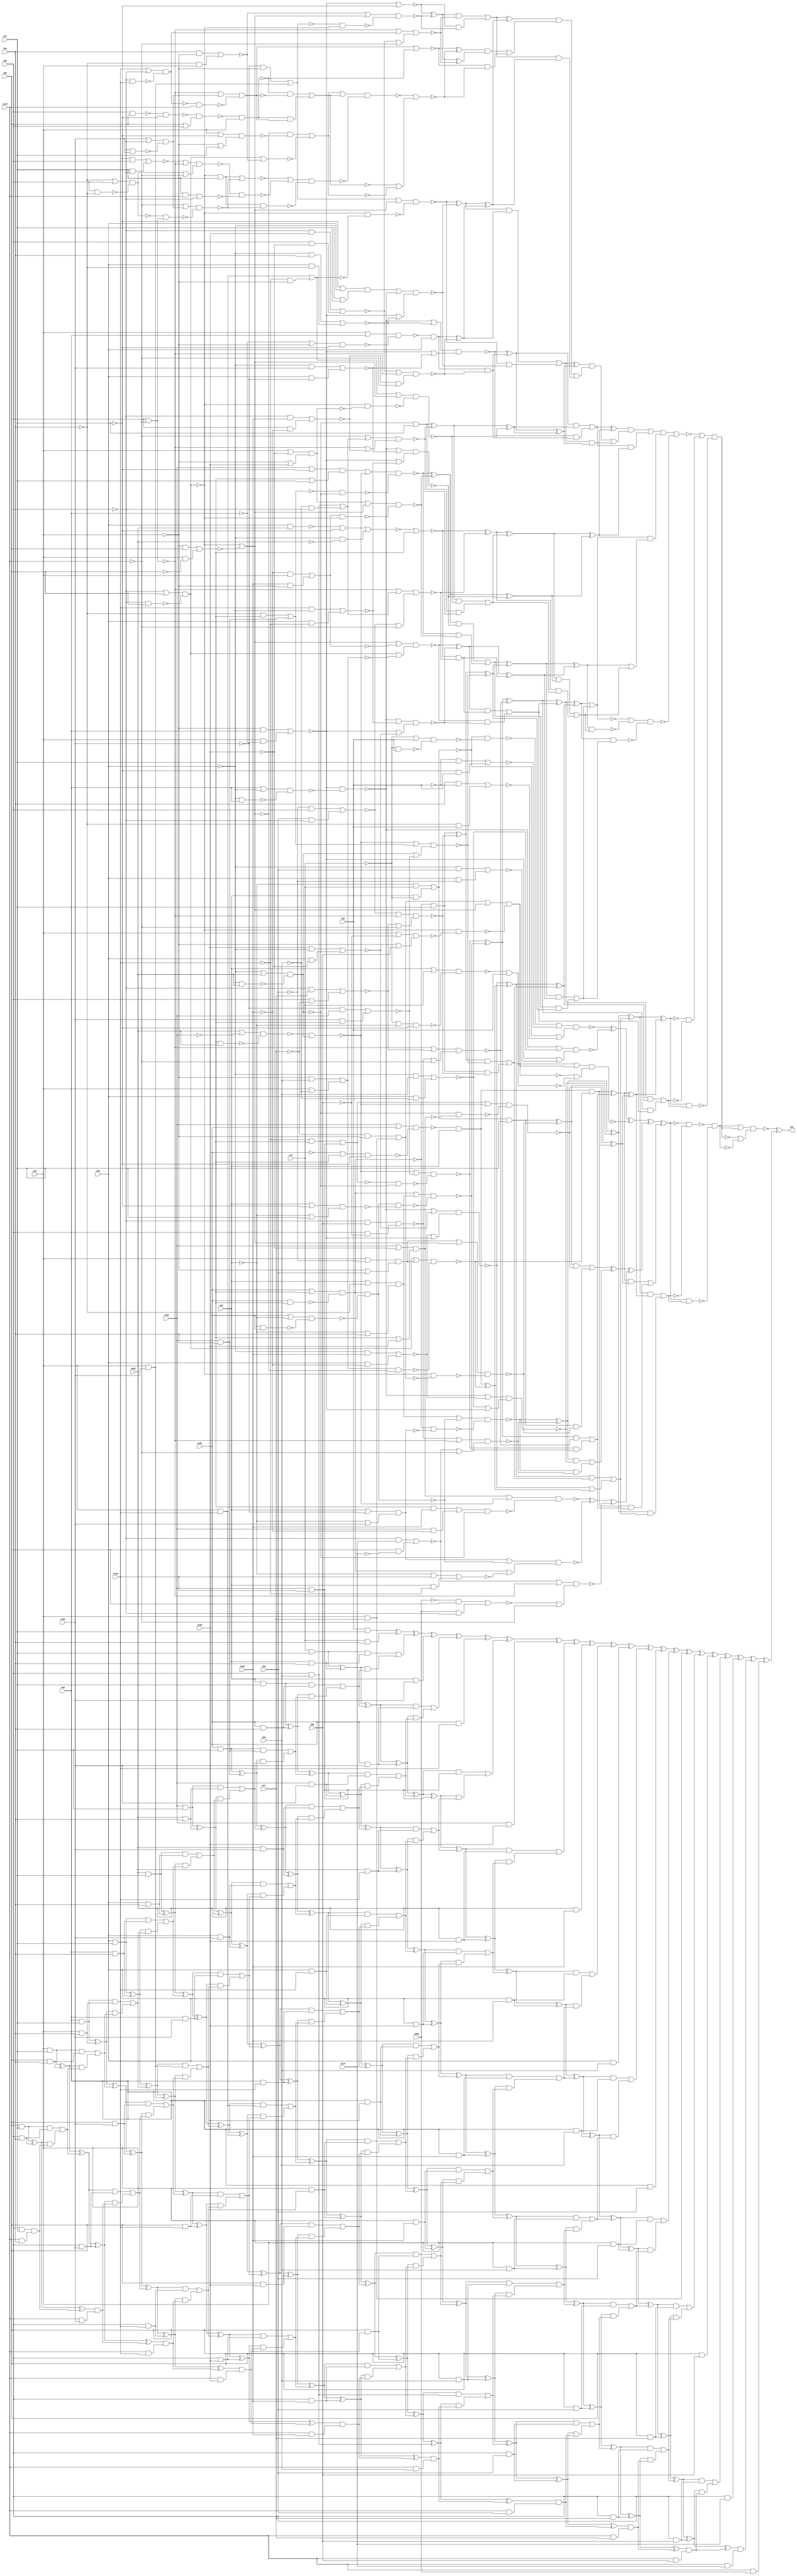
module top (out,n16,n17,n22,n27,n33,n42,n43,n49,n53
        ,n59,n77,n84,n85,n95,n118,n120,n125,n135,n152
        ,n161,n170,n174,n181,n209);
output out;
input n16;
input n17;
input n22;
input n27;
input n33;
input n42;
input n43;
input n49;
input n53;
input n59;
input n77;
input n84;
input n85;
input n95;
input n118;
input n120;
input n125;
input n135;
input n152;
input n161;
input n170;
input n174;
input n181;
input n209;
wire n0;
wire n1;
wire n2;
wire n3;
wire n4;
wire n5;
wire n6;
wire n7;
wire n8;
wire n9;
wire n10;
wire n11;
wire n12;
wire n13;
wire n14;
wire n15;
wire n18;
wire n19;
wire n20;
wire n21;
wire n23;
wire n24;
wire n25;
wire n26;
wire n28;
wire n29;
wire n30;
wire n31;
wire n32;
wire n34;
wire n35;
wire n36;
wire n37;
wire n38;
wire n39;
wire n40;
wire n41;
wire n44;
wire n45;
wire n46;
wire n47;
wire n48;
wire n50;
wire n51;
wire n52;
wire n54;
wire n55;
wire n56;
wire n57;
wire n58;
wire n60;
wire n61;
wire n62;
wire n63;
wire n64;
wire n65;
wire n66;
wire n67;
wire n68;
wire n69;
wire n70;
wire n71;
wire n72;
wire n73;
wire n74;
wire n75;
wire n76;
wire n78;
wire n79;
wire n80;
wire n81;
wire n82;
wire n83;
wire n86;
wire n87;
wire n88;
wire n89;
wire n90;
wire n91;
wire n92;
wire n93;
wire n94;
wire n96;
wire n97;
wire n98;
wire n99;
wire n100;
wire n101;
wire n102;
wire n103;
wire n104;
wire n105;
wire n106;
wire n107;
wire n108;
wire n109;
wire n110;
wire n111;
wire n112;
wire n113;
wire n114;
wire n115;
wire n116;
wire n117;
wire n119;
wire n121;
wire n122;
wire n123;
wire n124;
wire n126;
wire n127;
wire n128;
wire n129;
wire n130;
wire n131;
wire n132;
wire n133;
wire n134;
wire n136;
wire n137;
wire n138;
wire n139;
wire n140;
wire n141;
wire n142;
wire n143;
wire n144;
wire n145;
wire n146;
wire n147;
wire n148;
wire n149;
wire n150;
wire n151;
wire n153;
wire n154;
wire n155;
wire n156;
wire n157;
wire n158;
wire n159;
wire n160;
wire n162;
wire n163;
wire n164;
wire n165;
wire n166;
wire n167;
wire n168;
wire n169;
wire n171;
wire n172;
wire n173;
wire n175;
wire n176;
wire n177;
wire n178;
wire n179;
wire n180;
wire n182;
wire n183;
wire n184;
wire n185;
wire n186;
wire n187;
wire n188;
wire n189;
wire n190;
wire n191;
wire n192;
wire n193;
wire n194;
wire n195;
wire n196;
wire n197;
wire n198;
wire n199;
wire n200;
wire n201;
wire n202;
wire n203;
wire n204;
wire n205;
wire n206;
wire n207;
wire n208;
wire n210;
wire n211;
wire n212;
wire n213;
wire n214;
wire n215;
wire n216;
wire n217;
wire n218;
wire n219;
wire n220;
wire n221;
wire n222;
wire n223;
wire n224;
wire n225;
wire n226;
wire n227;
wire n228;
wire n229;
wire n230;
wire n231;
wire n232;
wire n233;
wire n234;
wire n235;
wire n236;
wire n237;
wire n238;
wire n239;
wire n240;
wire n241;
wire n242;
wire n243;
wire n244;
wire n245;
wire n246;
wire n247;
wire n248;
wire n249;
wire n250;
wire n251;
wire n252;
wire n253;
wire n254;
wire n255;
wire n256;
wire n257;
wire n258;
wire n259;
wire n260;
wire n261;
wire n262;
wire n263;
wire n264;
wire n265;
wire n266;
wire n267;
wire n268;
wire n269;
wire n270;
wire n271;
wire n272;
wire n273;
wire n274;
wire n275;
wire n276;
wire n277;
wire n278;
wire n279;
wire n280;
wire n281;
wire n282;
wire n283;
wire n284;
wire n285;
wire n286;
wire n287;
wire n288;
wire n289;
wire n290;
wire n291;
wire n292;
wire n293;
wire n294;
wire n295;
wire n296;
wire n297;
wire n298;
wire n299;
wire n300;
wire n301;
wire n302;
wire n303;
wire n304;
wire n305;
wire n306;
wire n307;
wire n308;
wire n309;
wire n310;
wire n311;
wire n312;
wire n313;
wire n314;
wire n315;
wire n316;
wire n317;
wire n318;
wire n319;
wire n320;
wire n321;
wire n322;
wire n323;
wire n324;
wire n325;
wire n326;
wire n327;
wire n328;
wire n329;
wire n330;
wire n331;
wire n332;
wire n333;
wire n334;
wire n335;
wire n336;
wire n337;
wire n338;
wire n339;
wire n340;
wire n341;
wire n342;
wire n343;
wire n344;
wire n345;
wire n346;
wire n347;
wire n348;
wire n349;
wire n350;
wire n351;
wire n352;
wire n353;
wire n354;
wire n355;
wire n356;
wire n357;
wire n358;
wire n359;
wire n360;
wire n361;
wire n362;
wire n363;
wire n364;
wire n365;
wire n366;
wire n367;
wire n368;
wire n369;
wire n370;
wire n371;
wire n372;
wire n373;
wire n374;
wire n375;
wire n376;
wire n377;
wire n378;
wire n379;
wire n380;
wire n381;
wire n382;
wire n383;
wire n384;
wire n385;
wire n386;
wire n387;
wire n388;
wire n389;
wire n390;
wire n391;
wire n392;
wire n393;
wire n394;
wire n395;
wire n396;
wire n397;
wire n398;
wire n399;
wire n400;
wire n401;
wire n402;
wire n403;
wire n404;
wire n405;
wire n406;
wire n407;
wire n408;
wire n409;
wire n410;
wire n411;
wire n412;
wire n413;
wire n414;
wire n415;
wire n416;
wire n417;
wire n418;
wire n419;
wire n420;
wire n421;
wire n422;
wire n423;
wire n424;
wire n425;
wire n426;
wire n427;
wire n428;
wire n429;
wire n430;
wire n431;
wire n432;
wire n433;
wire n434;
wire n435;
wire n436;
wire n437;
wire n438;
wire n439;
wire n440;
wire n441;
wire n442;
wire n443;
wire n444;
wire n445;
wire n446;
wire n447;
wire n448;
wire n449;
wire n450;
wire n451;
wire n452;
wire n453;
wire n454;
wire n455;
wire n456;
wire n457;
wire n458;
wire n459;
wire n460;
wire n461;
wire n462;
wire n463;
wire n464;
wire n465;
wire n466;
wire n467;
wire n468;
wire n469;
wire n470;
wire n471;
wire n472;
wire n473;
wire n474;
wire n475;
wire n476;
wire n477;
wire n478;
wire n479;
wire n480;
wire n481;
wire n482;
wire n483;
wire n484;
wire n485;
wire n486;
wire n487;
wire n488;
wire n489;
wire n490;
wire n491;
wire n492;
wire n493;
wire n494;
wire n495;
wire n496;
wire n497;
wire n498;
wire n499;
wire n500;
wire n501;
wire n502;
wire n503;
wire n504;
wire n505;
wire n506;
wire n507;
wire n508;
wire n509;
wire n510;
wire n511;
wire n512;
wire n513;
wire n514;
wire n515;
wire n516;
wire n517;
wire n518;
wire n519;
wire n520;
wire n521;
wire n522;
wire n523;
wire n524;
wire n525;
wire n526;
wire n527;
wire n528;
wire n529;
wire n530;
wire n531;
wire n532;
wire n533;
wire n534;
wire n535;
wire n536;
wire n537;
wire n538;
wire n539;
wire n540;
wire n541;
wire n542;
wire n543;
wire n544;
wire n545;
wire n546;
wire n547;
wire n548;
wire n549;
wire n550;
wire n551;
wire n552;
wire n553;
wire n554;
wire n555;
wire n556;
wire n557;
wire n558;
wire n559;
wire n560;
wire n561;
wire n562;
wire n563;
wire n564;
wire n565;
wire n566;
wire n567;
wire n568;
wire n569;
wire n570;
wire n571;
wire n572;
wire n573;
wire n574;
wire n575;
wire n576;
wire n577;
wire n578;
wire n579;
wire n580;
wire n581;
wire n582;
wire n583;
wire n584;
wire n585;
wire n586;
wire n587;
wire n588;
wire n589;
wire n590;
wire n591;
wire n592;
wire n593;
wire n594;
wire n595;
wire n596;
wire n597;
wire n598;
wire n599;
wire n600;
wire n601;
wire n602;
wire n603;
wire n604;
wire n605;
wire n606;
wire n607;
wire n608;
wire n609;
wire n610;
wire n611;
wire n612;
wire n613;
wire n614;
wire n615;
wire n616;
wire n617;
wire n618;
wire n619;
wire n620;
wire n621;
wire n622;
wire n623;
wire n624;
wire n625;
wire n626;
wire n627;
wire n628;
wire n629;
wire n630;
wire n631;
wire n632;
wire n633;
wire n634;
wire n635;
wire n636;
wire n637;
wire n638;
wire n639;
wire n640;
wire n641;
wire n642;
wire n643;
wire n644;
wire n645;
wire n646;
wire n647;
wire n648;
wire n649;
wire n650;
wire n651;
wire n652;
wire n653;
wire n654;
wire n655;
wire n656;
wire n657;
wire n658;
wire n659;
wire n660;
wire n661;
wire n662;
wire n663;
wire n664;
wire n665;
wire n666;
wire n667;
wire n668;
wire n669;
wire n670;
wire n671;
wire n672;
wire n673;
wire n674;
wire n675;
wire n676;
wire n677;
wire n678;
wire n679;
wire n680;
wire n681;
wire n682;
wire n683;
wire n684;
wire n685;
wire n686;
wire n687;
wire n688;
wire n689;
wire n690;
wire n691;
wire n692;
wire n693;
wire n694;
wire n695;
wire n696;
wire n697;
wire n698;
wire n699;
wire n700;
wire n701;
wire n702;
wire n703;
wire n704;
wire n705;
wire n706;
wire n707;
wire n708;
wire n709;
wire n710;
wire n711;
wire n712;
wire n713;
wire n714;
wire n715;
wire n716;
wire n717;
wire n718;
wire n719;
wire n720;
wire n721;
wire n722;
wire n723;
wire n724;
wire n725;
wire n726;
wire n727;
wire n728;
wire n729;
wire n730;
wire n731;
wire n732;
wire n733;
wire n734;
wire n735;
wire n736;
wire n737;
wire n738;
wire n739;
wire n740;
wire n741;
wire n742;
wire n743;
wire n744;
wire n745;
wire n746;
wire n747;
wire n748;
wire n749;
wire n750;
wire n751;
wire n752;
wire n753;
wire n754;
wire n755;
wire n756;
wire n757;
wire n758;
wire n759;
wire n760;
wire n761;
wire n762;
wire n763;
wire n764;
wire n765;
wire n766;
wire n767;
wire n768;
wire n769;
wire n770;
wire n771;
wire n772;
wire n773;
wire n774;
wire n775;
wire n776;
wire n777;
wire n778;
wire n779;
wire n780;
wire n781;
wire n782;
wire n783;
wire n784;
wire n785;
wire n786;
wire n787;
wire n788;
wire n789;
wire n790;
wire n791;
wire n792;
wire n793;
wire n794;
wire n795;
wire n796;
wire n797;
wire n798;
wire n799;
wire n800;
wire n801;
wire n802;
wire n803;
wire n804;
wire n805;
wire n806;
wire n807;
wire n808;
wire n809;
wire n810;
wire n811;
wire n812;
wire n813;
wire n814;
wire n815;
wire n816;
wire n817;
wire n818;
wire n819;
wire n820;
wire n821;
wire n822;
wire n823;
wire n824;
wire n825;
wire n826;
wire n827;
wire n828;
wire n829;
wire n830;
wire n831;
wire n832;
wire n833;
wire n834;
wire n835;
wire n836;
wire n837;
wire n838;
wire n839;
wire n840;
wire n841;
wire n842;
wire n843;
wire n844;
wire n845;
wire n846;
wire n847;
wire n848;
wire n849;
wire n850;
wire n851;
wire n852;
wire n853;
wire n854;
wire n855;
wire n856;
wire n857;
wire n858;
wire n859;
wire n860;
wire n861;
wire n862;
wire n863;
wire n864;
xor (out,n0,n538);
nand (n0,n1,n537);
or (n1,n2,n290);
not (n2,n3);
nand (n3,n4,n289);
nand (n4,n5,n253);
not (n5,n6);
xor (n6,n7,n211);
xor (n7,n8,n98);
xor (n8,n9,n62);
xor (n9,n10,n36);
nand (n10,n11,n30);
or (n11,n12,n24);
nand (n12,n13,n20);
nor (n13,n14,n18);
and (n14,n15,n17);
not (n15,n16);
and (n18,n16,n19);
not (n19,n17);
nand (n20,n21,n23);
or (n21,n19,n22);
nand (n23,n19,n22);
nor (n24,n25,n28);
and (n25,n26,n27);
not (n26,n22);
and (n28,n29,n22);
not (n29,n27);
or (n30,n13,n31);
nor (n31,n32,n34);
and (n32,n33,n26);
and (n34,n35,n22);
not (n35,n33);
nand (n36,n37,n56);
or (n37,n38,n51);
nand (n38,n39,n46);
nor (n39,n40,n44);
and (n40,n41,n43);
not (n41,n42);
and (n44,n42,n45);
not (n45,n43);
nand (n46,n47,n50);
or (n47,n43,n48);
not (n48,n49);
nand (n50,n48,n43);
nor (n51,n52,n54);
and (n52,n48,n53);
and (n54,n49,n55);
not (n55,n53);
or (n56,n39,n57);
nor (n57,n58,n60);
and (n58,n48,n59);
and (n60,n49,n61);
not (n61,n59);
nand (n62,n63,n97);
or (n63,n64,n70);
not (n64,n65);
nand (n65,n66,n22);
nand (n66,n67,n68);
or (n67,n16,n17);
nand (n68,n69,n29);
or (n69,n19,n15);
not (n70,n71);
nand (n71,n72,n91);
or (n72,n73,n79);
not (n73,n74);
nor (n74,n75,n78);
and (n75,n76,n41);
not (n76,n77);
and (n78,n42,n77);
not (n79,n80);
nor (n80,n81,n87);
nand (n81,n82,n86);
or (n82,n83,n85);
not (n83,n84);
nand (n86,n83,n85);
nor (n87,n88,n89);
and (n88,n41,n85);
and (n89,n42,n90);
not (n90,n85);
nand (n91,n81,n92);
nand (n92,n93,n96);
or (n93,n42,n94);
not (n94,n95);
or (n96,n41,n95);
or (n97,n71,n65);
xor (n98,n99,n186);
xor (n99,n100,n138);
or (n100,n101,n137);
and (n101,n102,n112);
xor (n102,n103,n105);
and (n103,n104,n27);
not (n104,n13);
nand (n105,n106,n111);
or (n106,n107,n79);
not (n107,n108);
nand (n108,n109,n110);
or (n109,n42,n61);
or (n110,n41,n59);
nand (n111,n81,n74);
nand (n112,n113,n131);
or (n113,n114,n122);
not (n114,n115);
nor (n115,n116,n121);
and (n116,n117,n119);
not (n117,n118);
not (n119,n120);
and (n121,n120,n118);
nand (n122,n123,n127);
nand (n123,n124,n126);
or (n124,n125,n119);
nand (n126,n119,n125);
not (n127,n128);
nand (n128,n129,n130);
or (n129,n48,n125);
nand (n130,n48,n125);
nand (n131,n128,n132);
nand (n132,n133,n136);
or (n133,n120,n134);
not (n134,n135);
or (n136,n119,n135);
and (n137,n103,n105);
or (n138,n139,n185);
and (n139,n140,n177);
xor (n140,n141,n163);
nand (n141,n142,n157);
or (n142,n143,n147);
not (n143,n144);
nand (n144,n145,n146);
or (n145,n16,n35);
or (n146,n15,n33);
not (n147,n148);
and (n148,n149,n154);
not (n149,n150);
nand (n150,n151,n153);
or (n151,n152,n119);
nand (n153,n152,n119);
nand (n154,n155,n156);
or (n155,n152,n15);
nand (n156,n15,n152);
nand (n157,n150,n158);
nand (n158,n159,n162);
or (n159,n16,n160);
not (n160,n161);
or (n162,n15,n161);
nand (n163,n164,n171);
or (n164,n165,n168);
nor (n165,n166,n167);
and (n166,n83,n95);
and (n167,n84,n94);
nand (n168,n84,n169);
not (n169,n170);
or (n171,n172,n169);
nor (n172,n173,n175);
and (n173,n83,n174);
and (n175,n84,n176);
not (n176,n174);
nand (n177,n178,n184);
or (n178,n38,n179);
nor (n179,n180,n182);
and (n180,n48,n181);
and (n182,n49,n183);
not (n183,n181);
or (n184,n51,n39);
and (n185,n141,n163);
xor (n186,n187,n203);
xor (n187,n188,n196);
nand (n188,n189,n191);
or (n189,n190,n122);
not (n190,n132);
nand (n191,n192,n128);
not (n192,n193);
nor (n193,n194,n195);
and (n194,n119,n181);
and (n195,n120,n183);
nand (n196,n197,n199);
or (n197,n198,n147);
not (n198,n158);
or (n199,n149,n200);
nor (n200,n201,n202);
and (n201,n15,n118);
and (n202,n16,n117);
nand (n203,n204,n205);
or (n204,n172,n168);
or (n205,n206,n169);
nor (n206,n207,n210);
and (n207,n208,n84);
not (n208,n209);
and (n210,n209,n83);
or (n211,n212,n252);
and (n212,n213,n251);
xor (n213,n214,n229);
and (n214,n215,n221);
and (n215,n216,n16);
nand (n216,n217,n218);
or (n217,n120,n152);
nand (n218,n219,n29);
or (n219,n220,n119);
not (n220,n152);
nand (n221,n222,n224);
or (n222,n223,n107);
not (n223,n81);
nand (n224,n225,n80);
not (n225,n226);
nor (n226,n227,n228);
and (n227,n41,n53);
and (n228,n42,n55);
or (n229,n230,n250);
and (n230,n231,n244);
xor (n231,n232,n238);
nand (n232,n233,n237);
or (n233,n122,n234);
nor (n234,n235,n236);
and (n235,n160,n120);
and (n236,n161,n119);
nand (n237,n115,n128);
nand (n238,n239,n240);
or (n239,n149,n143);
nand (n240,n148,n241);
nand (n241,n242,n243);
or (n242,n16,n29);
or (n243,n15,n27);
nand (n244,n245,n249);
or (n245,n168,n246);
nor (n246,n247,n248);
and (n247,n83,n77);
and (n248,n84,n76);
or (n249,n165,n169);
and (n250,n232,n238);
xor (n251,n102,n112);
and (n252,n214,n229);
not (n253,n254);
or (n254,n255,n288);
and (n255,n256,n287);
xor (n256,n257,n258);
xor (n257,n140,n177);
or (n258,n259,n286);
and (n259,n260,n268);
xor (n260,n261,n267);
nand (n261,n262,n266);
or (n262,n38,n263);
nor (n263,n264,n265);
and (n264,n135,n48);
and (n265,n49,n134);
or (n266,n179,n39);
xor (n267,n215,n221);
or (n268,n269,n285);
and (n269,n270,n278);
xor (n270,n271,n272);
and (n271,n150,n27);
nand (n272,n273,n277);
or (n273,n274,n168);
nor (n274,n275,n276);
and (n275,n61,n84);
and (n276,n59,n83);
or (n277,n246,n169);
nand (n278,n279,n284);
or (n279,n122,n280);
not (n280,n281);
nor (n281,n282,n283);
and (n282,n35,n119);
and (n283,n120,n33);
or (n284,n127,n234);
and (n285,n271,n272);
and (n286,n261,n267);
xor (n287,n213,n251);
and (n288,n257,n258);
nand (n289,n6,n254);
not (n290,n291);
nand (n291,n292,n536);
or (n292,n293,n528);
nor (n293,n294,n524);
and (n294,n295,n491);
or (n295,n296,n490);
and (n296,n297,n384);
xor (n297,n298,n346);
or (n298,n299,n345);
and (n299,n300,n325);
xor (n300,n301,n310);
nand (n301,n302,n306);
or (n302,n38,n303);
nor (n303,n304,n305);
and (n304,n48,n33);
and (n305,n49,n35);
or (n306,n39,n307);
nor (n307,n308,n309);
and (n308,n48,n161);
and (n309,n49,n160);
and (n310,n311,n316);
and (n311,n312,n49);
nand (n312,n313,n314);
or (n313,n42,n43);
nand (n314,n315,n29);
or (n315,n45,n41);
nand (n316,n317,n321);
or (n317,n318,n168);
nor (n318,n319,n320);
and (n319,n83,n135);
and (n320,n84,n134);
or (n321,n322,n169);
nor (n322,n323,n324);
and (n323,n83,n181);
and (n324,n84,n183);
xor (n325,n326,n335);
xor (n326,n327,n328);
and (n327,n128,n27);
nand (n328,n329,n334);
or (n329,n169,n330);
not (n330,n331);
nor (n331,n332,n333);
and (n332,n84,n53);
and (n333,n55,n83);
or (n334,n168,n322);
nand (n335,n336,n341);
or (n336,n337,n79);
not (n337,n338);
nor (n338,n339,n340);
and (n339,n42,n118);
and (n340,n117,n41);
nand (n341,n81,n342);
nand (n342,n343,n344);
or (n343,n42,n134);
or (n344,n41,n135);
and (n345,n301,n310);
xor (n346,n347,n361);
xor (n347,n348,n358);
xor (n348,n349,n355);
nor (n349,n350,n119);
nor (n350,n351,n353);
and (n351,n352,n29);
nand (n352,n49,n125);
and (n353,n48,n354);
not (n354,n125);
nand (n355,n356,n357);
or (n356,n168,n330);
or (n357,n274,n169);
or (n358,n359,n360);
and (n359,n326,n335);
and (n360,n327,n328);
xor (n361,n362,n378);
xor (n362,n363,n370);
nand (n363,n364,n369);
or (n364,n365,n122);
not (n365,n366);
nand (n366,n367,n368);
or (n367,n120,n29);
or (n368,n119,n27);
nand (n369,n281,n128);
nand (n370,n371,n373);
or (n371,n372,n79);
not (n372,n342);
nand (n373,n374,n81);
not (n374,n375);
nor (n375,n376,n377);
and (n376,n183,n42);
and (n377,n181,n41);
nand (n378,n379,n380);
or (n379,n38,n307);
or (n380,n39,n381);
nor (n381,n382,n383);
and (n382,n118,n48);
and (n383,n49,n117);
or (n384,n385,n489);
and (n385,n386,n407);
xor (n386,n387,n406);
or (n387,n388,n405);
and (n388,n389,n404);
xor (n389,n390,n397);
nand (n390,n391,n396);
or (n391,n392,n79);
not (n392,n393);
nor (n393,n394,n395);
and (n394,n160,n41);
and (n395,n42,n161);
nand (n396,n81,n338);
nand (n397,n398,n403);
or (n398,n399,n38);
not (n399,n400);
nand (n400,n401,n402);
or (n401,n29,n49);
or (n402,n48,n27);
or (n403,n39,n303);
xor (n404,n311,n316);
and (n405,n390,n397);
xor (n406,n300,n325);
or (n407,n408,n488);
and (n408,n409,n429);
xor (n409,n410,n428);
or (n410,n411,n427);
and (n411,n412,n420);
xor (n412,n413,n414);
nor (n413,n39,n29);
nand (n414,n415,n419);
or (n415,n416,n79);
nor (n416,n417,n418);
and (n417,n33,n41);
and (n418,n35,n42);
nand (n419,n393,n81);
nand (n420,n421,n426);
or (n421,n168,n422);
not (n422,n423);
nand (n423,n424,n425);
or (n424,n118,n83);
nand (n425,n83,n118);
or (n426,n318,n169);
and (n427,n413,n414);
xor (n428,n389,n404);
or (n429,n430,n487);
and (n430,n431,n486);
xor (n431,n432,n447);
nor (n432,n433,n441);
not (n433,n434);
nand (n434,n435,n440);
or (n435,n168,n436);
not (n436,n437);
nand (n437,n438,n439);
or (n438,n161,n83);
nand (n439,n83,n161);
nand (n440,n423,n170);
nand (n441,n442,n42);
nand (n442,n443,n446);
nand (n443,n444,n29);
not (n444,n445);
and (n445,n84,n85);
or (n446,n85,n84);
nand (n447,n448,n485);
nand (n448,n449,n462);
or (n449,n450,n457);
not (n450,n451);
nor (n451,n452,n456);
and (n452,n80,n453);
nand (n453,n454,n455);
or (n454,n42,n29);
or (n455,n41,n27);
nor (n456,n223,n416);
not (n457,n458);
nor (n458,n459,n460);
and (n459,n441,n434);
and (n460,n461,n433);
not (n461,n441);
nand (n462,n463,n484);
or (n463,n464,n474);
nor (n464,n465,n467);
not (n465,n466);
nand (n466,n81,n27);
nand (n467,n468,n469);
or (n468,n169,n436);
nand (n469,n470,n473);
nand (n470,n471,n472);
or (n471,n35,n84);
nand (n472,n84,n35);
not (n473,n168);
nand (n474,n475,n482);
nand (n475,n476,n480);
or (n476,n477,n168);
nor (n477,n478,n479);
and (n478,n29,n84);
and (n479,n27,n83);
or (n480,n481,n169);
not (n481,n470);
nor (n482,n483,n83);
and (n483,n27,n170);
nand (n484,n465,n467);
or (n485,n458,n451);
xor (n486,n412,n420);
and (n487,n432,n447);
and (n488,n410,n428);
and (n489,n387,n406);
and (n490,n298,n346);
not (n491,n492);
nand (n492,n493,n519);
not (n493,n494);
nor (n494,n495,n510);
xor (n495,n496,n509);
xor (n496,n497,n498);
xor (n497,n231,n244);
or (n498,n499,n508);
and (n499,n500,n507);
xor (n500,n501,n504);
nand (n501,n502,n503);
or (n502,n79,n375);
or (n503,n223,n226);
nand (n504,n505,n506);
or (n505,n38,n381);
or (n506,n39,n263);
and (n507,n349,n355);
and (n508,n501,n504);
xor (n509,n260,n268);
or (n510,n511,n518);
and (n511,n512,n517);
xor (n512,n513,n516);
or (n513,n514,n515);
and (n514,n362,n378);
and (n515,n363,n370);
xor (n516,n270,n278);
xor (n517,n500,n507);
and (n518,n513,n516);
or (n519,n520,n521);
xor (n520,n512,n517);
or (n521,n522,n523);
and (n522,n347,n361);
and (n523,n348,n358);
nand (n524,n525,n527);
or (n525,n494,n526);
nand (n526,n520,n521);
nand (n527,n495,n510);
not (n528,n529);
nand (n529,n530,n532);
not (n530,n531);
xor (n531,n256,n287);
not (n532,n533);
or (n533,n534,n535);
and (n534,n496,n509);
and (n535,n497,n498);
nand (n536,n531,n533);
or (n537,n291,n3);
xor (n538,n539,n864);
xor (n539,n540,n861);
xor (n540,n541,n860);
xor (n541,n542,n851);
xor (n542,n543,n850);
xor (n543,n544,n835);
xor (n544,n545,n78);
xor (n545,n546,n814);
xor (n546,n547,n813);
xor (n547,n548,n787);
xor (n548,n549,n786);
xor (n549,n550,n753);
xor (n550,n551,n752);
xor (n551,n552,n713);
xor (n552,n553,n712);
xor (n553,n554,n669);
xor (n554,n555,n668);
xor (n555,n556,n618);
xor (n556,n557,n617);
xor (n557,n558,n561);
xor (n558,n559,n560);
and (n559,n22,n27);
and (n560,n17,n33);
or (n561,n562,n565);
and (n562,n563,n564);
and (n563,n17,n27);
and (n564,n16,n33);
and (n565,n566,n567);
xor (n566,n563,n564);
or (n567,n568,n571);
and (n568,n569,n570);
and (n569,n16,n27);
and (n570,n152,n33);
and (n571,n572,n573);
xor (n572,n569,n570);
or (n573,n574,n576);
and (n574,n575,n283);
and (n575,n152,n27);
and (n576,n577,n578);
xor (n577,n575,n283);
or (n578,n579,n582);
and (n579,n580,n581);
and (n580,n120,n27);
and (n581,n125,n33);
and (n582,n583,n584);
xor (n583,n580,n581);
or (n584,n585,n588);
and (n585,n586,n587);
and (n586,n125,n27);
and (n587,n49,n33);
and (n588,n589,n590);
xor (n589,n586,n587);
or (n590,n591,n594);
and (n591,n592,n593);
and (n592,n49,n27);
and (n593,n43,n33);
and (n594,n595,n596);
xor (n595,n592,n593);
or (n596,n597,n600);
and (n597,n598,n599);
and (n598,n43,n27);
and (n599,n42,n33);
and (n600,n601,n602);
xor (n601,n598,n599);
or (n602,n603,n606);
and (n603,n604,n605);
and (n604,n42,n27);
and (n605,n85,n33);
and (n606,n607,n608);
xor (n607,n604,n605);
or (n608,n609,n612);
and (n609,n610,n611);
and (n610,n85,n27);
and (n611,n84,n33);
and (n612,n613,n614);
xor (n613,n610,n611);
and (n614,n615,n616);
and (n615,n84,n27);
and (n616,n170,n33);
and (n617,n16,n161);
or (n618,n619,n622);
and (n619,n620,n621);
xor (n620,n566,n567);
and (n621,n152,n161);
and (n622,n623,n624);
xor (n623,n620,n621);
or (n624,n625,n628);
and (n625,n626,n627);
xor (n626,n572,n573);
and (n627,n120,n161);
and (n628,n629,n630);
xor (n629,n626,n627);
or (n630,n631,n634);
and (n631,n632,n633);
xor (n632,n577,n578);
and (n633,n125,n161);
and (n634,n635,n636);
xor (n635,n632,n633);
or (n636,n637,n640);
and (n637,n638,n639);
xor (n638,n583,n584);
and (n639,n49,n161);
and (n640,n641,n642);
xor (n641,n638,n639);
or (n642,n643,n646);
and (n643,n644,n645);
xor (n644,n589,n590);
and (n645,n43,n161);
and (n646,n647,n648);
xor (n647,n644,n645);
or (n648,n649,n651);
and (n649,n650,n395);
xor (n650,n595,n596);
and (n651,n652,n653);
xor (n652,n650,n395);
or (n653,n654,n657);
and (n654,n655,n656);
xor (n655,n601,n602);
and (n656,n85,n161);
and (n657,n658,n659);
xor (n658,n655,n656);
or (n659,n660,n663);
and (n660,n661,n662);
xor (n661,n607,n608);
and (n662,n84,n161);
and (n663,n664,n665);
xor (n664,n661,n662);
and (n665,n666,n667);
xor (n666,n613,n614);
and (n667,n170,n161);
and (n668,n152,n118);
or (n669,n670,n672);
and (n670,n671,n121);
xor (n671,n623,n624);
and (n672,n673,n674);
xor (n673,n671,n121);
or (n674,n675,n678);
and (n675,n676,n677);
xor (n676,n629,n630);
and (n677,n125,n118);
and (n678,n679,n680);
xor (n679,n676,n677);
or (n680,n681,n684);
and (n681,n682,n683);
xor (n682,n635,n636);
and (n683,n49,n118);
and (n684,n685,n686);
xor (n685,n682,n683);
or (n686,n687,n690);
and (n687,n688,n689);
xor (n688,n641,n642);
and (n689,n43,n118);
and (n690,n691,n692);
xor (n691,n688,n689);
or (n692,n693,n695);
and (n693,n694,n339);
xor (n694,n647,n648);
and (n695,n696,n697);
xor (n696,n694,n339);
or (n697,n698,n701);
and (n698,n699,n700);
xor (n699,n652,n653);
and (n700,n85,n118);
and (n701,n702,n703);
xor (n702,n699,n700);
or (n703,n704,n707);
and (n704,n705,n706);
xor (n705,n658,n659);
and (n706,n84,n118);
and (n707,n708,n709);
xor (n708,n705,n706);
and (n709,n710,n711);
xor (n710,n664,n665);
and (n711,n170,n118);
and (n712,n120,n135);
or (n713,n714,n717);
and (n714,n715,n716);
xor (n715,n673,n674);
and (n716,n125,n135);
and (n717,n718,n719);
xor (n718,n715,n716);
or (n719,n720,n723);
and (n720,n721,n722);
xor (n721,n679,n680);
and (n722,n49,n135);
and (n723,n724,n725);
xor (n724,n721,n722);
or (n725,n726,n729);
and (n726,n727,n728);
xor (n727,n685,n686);
and (n728,n43,n135);
and (n729,n730,n731);
xor (n730,n727,n728);
or (n731,n732,n735);
and (n732,n733,n734);
xor (n733,n691,n692);
and (n734,n42,n135);
and (n735,n736,n737);
xor (n736,n733,n734);
or (n737,n738,n741);
and (n738,n739,n740);
xor (n739,n696,n697);
and (n740,n85,n135);
and (n741,n742,n743);
xor (n742,n739,n740);
or (n743,n744,n747);
and (n744,n745,n746);
xor (n745,n702,n703);
and (n746,n84,n135);
and (n747,n748,n749);
xor (n748,n745,n746);
and (n749,n750,n751);
xor (n750,n708,n709);
and (n751,n170,n135);
and (n752,n125,n181);
or (n753,n754,n757);
and (n754,n755,n756);
xor (n755,n718,n719);
and (n756,n49,n181);
and (n757,n758,n759);
xor (n758,n755,n756);
or (n759,n760,n763);
and (n760,n761,n762);
xor (n761,n724,n725);
and (n762,n43,n181);
and (n763,n764,n765);
xor (n764,n761,n762);
or (n765,n766,n769);
and (n766,n767,n768);
xor (n767,n730,n731);
and (n768,n42,n181);
and (n769,n770,n771);
xor (n770,n767,n768);
or (n771,n772,n775);
and (n772,n773,n774);
xor (n773,n736,n737);
and (n774,n85,n181);
and (n775,n776,n777);
xor (n776,n773,n774);
or (n777,n778,n781);
and (n778,n779,n780);
xor (n779,n742,n743);
and (n780,n84,n181);
and (n781,n782,n783);
xor (n782,n779,n780);
and (n783,n784,n785);
xor (n784,n748,n749);
and (n785,n170,n181);
and (n786,n49,n53);
or (n787,n788,n791);
and (n788,n789,n790);
xor (n789,n758,n759);
and (n790,n43,n53);
and (n791,n792,n793);
xor (n792,n789,n790);
or (n793,n794,n797);
and (n794,n795,n796);
xor (n795,n764,n765);
and (n796,n42,n53);
and (n797,n798,n799);
xor (n798,n795,n796);
or (n799,n800,n803);
and (n800,n801,n802);
xor (n801,n770,n771);
and (n802,n85,n53);
and (n803,n804,n805);
xor (n804,n801,n802);
or (n805,n806,n808);
and (n806,n807,n332);
xor (n807,n776,n777);
and (n808,n809,n810);
xor (n809,n807,n332);
and (n810,n811,n812);
xor (n811,n782,n783);
and (n812,n170,n53);
and (n813,n43,n59);
or (n814,n815,n818);
and (n815,n816,n817);
xor (n816,n792,n793);
and (n817,n42,n59);
and (n818,n819,n820);
xor (n819,n816,n817);
or (n820,n821,n824);
and (n821,n822,n823);
xor (n822,n798,n799);
and (n823,n85,n59);
and (n824,n825,n826);
xor (n825,n822,n823);
or (n826,n827,n830);
and (n827,n828,n829);
xor (n828,n804,n805);
and (n829,n84,n59);
and (n830,n831,n832);
xor (n831,n828,n829);
and (n832,n833,n834);
xor (n833,n809,n810);
and (n834,n170,n59);
or (n835,n836,n839);
and (n836,n837,n838);
xor (n837,n819,n820);
and (n838,n85,n77);
and (n839,n840,n841);
xor (n840,n837,n838);
or (n841,n842,n845);
and (n842,n843,n844);
xor (n843,n825,n826);
and (n844,n84,n77);
and (n845,n846,n847);
xor (n846,n843,n844);
and (n847,n848,n849);
xor (n848,n831,n832);
and (n849,n170,n77);
and (n850,n85,n95);
or (n851,n852,n855);
and (n852,n853,n854);
xor (n853,n840,n841);
and (n854,n84,n95);
and (n855,n856,n857);
xor (n856,n853,n854);
and (n857,n858,n859);
xor (n858,n846,n847);
and (n859,n170,n95);
and (n860,n84,n174);
and (n861,n862,n863);
xor (n862,n856,n857);
and (n863,n170,n174);
and (n864,n170,n209);
endmodule